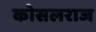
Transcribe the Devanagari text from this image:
कोसलराज